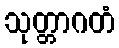
သုတ္တာဂတံ